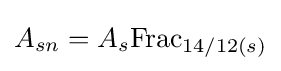
A_{sn}=A_{s}{\text{Frac}}_{14/12(s)}